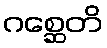
ဂစ္ဆေတိ